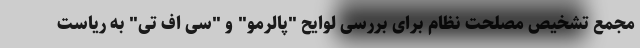
مجمع تشخیص مصلحت نظام برای بررسی لوایح "پالرمو" و "سی اف تی" به ریاست